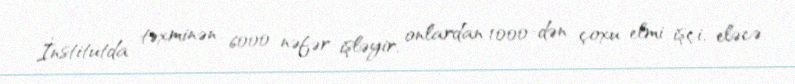
İnstitutda təxminən 6000 nəfər işləyir, onlardan 1000-dən çoxu elmi işçi, eləcə